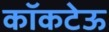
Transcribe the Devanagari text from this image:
कॉकटेऊ